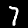
Digit: 7